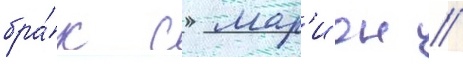
бра́к с мар'ион /